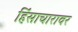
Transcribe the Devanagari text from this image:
हिंसाचारावर